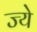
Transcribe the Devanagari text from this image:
ज्ये